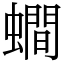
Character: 𧒄